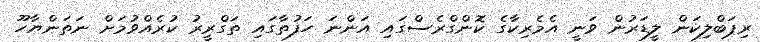
ރިޕަބްލިކަން ލީޑަރުން ވަނީ އެމެެރިކާގެ ކޮންގްރެސްގައި އަންނަ ހަފުތާގައި ތަގްރީރު ކުރެއްވުމަށް ނަތަންޔާހޫ